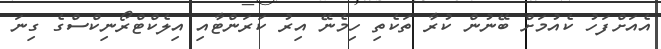
އެއަށްފަހު ކެއުމަށް ބޭނުން ކުރާ ތަކެތި ހިމެނޭ އިރު ކަރަންޓާއި އިލެކްޓްރޯނިކްސްގެ ގިނަ